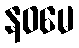
နဝမေ